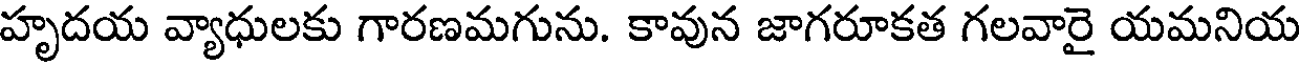
హృదయ వ్యాధులకు గారణమగును. కావున జాగరూకత గలవారై యమనియ